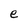
Character: e